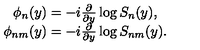
\begin{array} { c } { \phi _ { n } ( y ) = - i \frac { \partial } { \partial y } \log S _ { n } ( y ) , } \\ { \phi _ { n m } ( y ) = - i \frac { \partial } { \partial y } \log S _ { n m } ( y ) . } \\ \end{array}